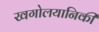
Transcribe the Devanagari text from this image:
खगोलयानिकी